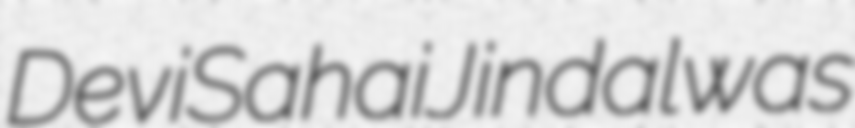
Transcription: Devi Sahai Jindal was